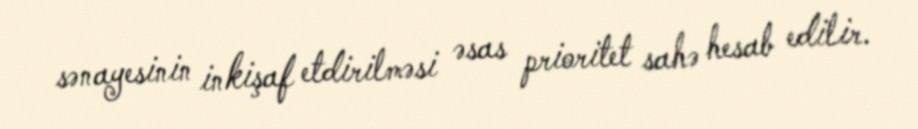
sənayesinin inkişaf etdirilməsi əsas prioritet sahə hesab edilir.